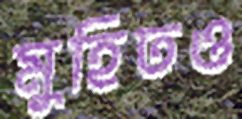
মুহিতও